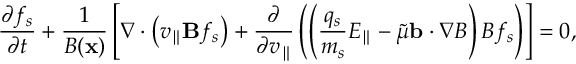
\frac { \partial f _ { s } } { \partial t } + \frac { 1 } { B ( \mathbf { x } ) } \left[ \nabla \cdot \left( v _ { \parallel } \mathbf { B } f _ { s } \right) + \frac { \partial } { \partial v _ { \parallel } } \left( \left( \frac { q _ { s } } { m _ { s } } E _ { \parallel } - \Tilde { \mu } \mathbf { b } \cdot \nabla B \right) B f _ { s } \right) \right] = 0 ,